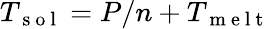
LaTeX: T_{\mathrm{~s~o~l~}}=P/n+T_{\mathrm{~m~e~l~t~}}